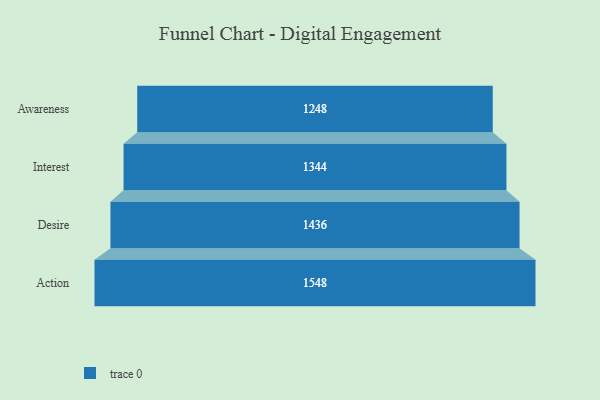
{"axis": {"x": "Stage", "y": "Value"}, "legend": [""], "data": [{"x": "Awareness", "y": 1248.0, "type": ""}, {"x": "Interest", "y": 1344.0, "type": ""}, {"x": "Desire", "y": 1436.0, "type": ""}, {"x": "Action", "y": 1548.0, "type": ""}]}